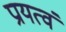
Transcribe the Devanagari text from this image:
प्रायत्वं